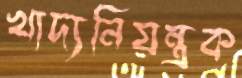
খাদ্যনিয়ন্ত্রক